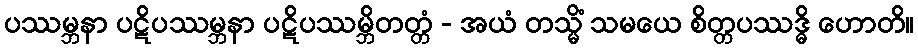
ပဿမ္ဘနာ ပဋိပဿမ္ဘနာ ပဋိပဿမ္ဘိတတ္တံ - အယံ တသ္မိံ သမယေ စိတ္တပဿဒ္ဓိ ဟောတိ။